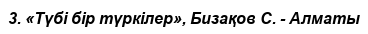
3. «Түбі бір түркілер», Бизақов С. - Алматы